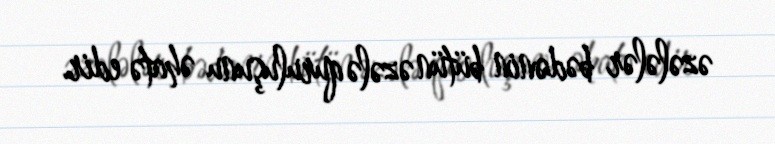
əzələlər bədənin bütün əzələ quruluşunu əhatə edir.